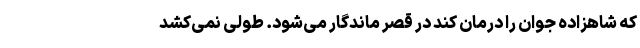
که شاهزاده جوان را درمان کند در قصر ماندگار می‌شود. طولی نمی‌کشد